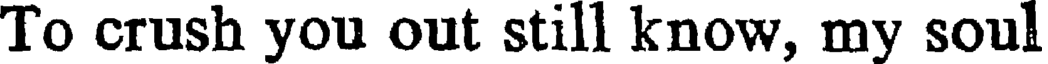
To crush you out still know, my soul